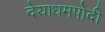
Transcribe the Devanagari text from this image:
देयाधमपोदी